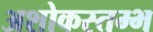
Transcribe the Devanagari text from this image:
अशोकस्तम्भ